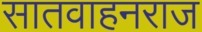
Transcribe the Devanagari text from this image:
सातवाहनराज